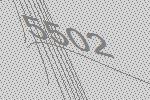
5502